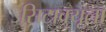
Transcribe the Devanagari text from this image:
सिटाक्यूला